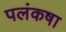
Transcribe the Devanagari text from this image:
पलंकषा